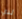
لدي